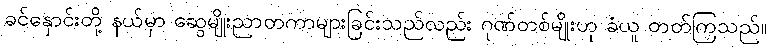
ခင်နှောင်းတို့ နယ်မှာ ဆွေမျိုးညာတကာများခြင်းသည်လည်း ဂုဏ်တစ်မျိုးဟု ခံယူ တတ်ကြသည်။